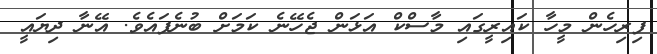
ފިރިހެން މީހާ ކައިރީގައި މާސްކް އަޅަން ޖެހޭނެ ކަމަށް ބުނެފައެވެ. އޭނާ ދިޔައީ